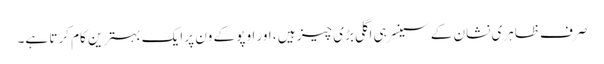
صرف ظاہری نشان کے سینسر ہی اگلی بڑی چیز ہیں ، اور اوپو کے ون پر ایک بہترین کام کرتا ہے۔